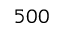
5 0 0